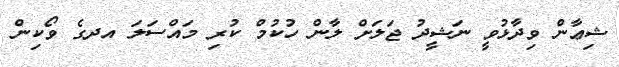
ޝިޢާން ވިދާޅުވީ ނަޝީދު ޖަލަށް ލާން ހުކުމް ކުރި މައްސަލަ އދގެ ވޯކިން